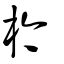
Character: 枔